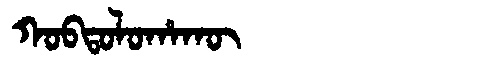
Manchu: ᡴᠣᠪᡨᠣᠯᠣᡥᠠᡴᡡ
Romanization: KOBTOLOHAKŪ